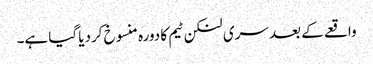
واقعے کے بعد سری لنکن ٹیم کا دورہ منسوخ کردیا گیا ہے۔